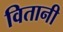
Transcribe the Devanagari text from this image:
वितानी